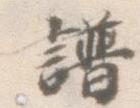
譜